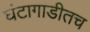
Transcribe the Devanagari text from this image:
घंटागाडीतच